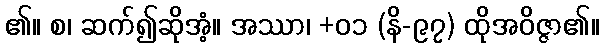
၏။ စ၊ ဆက်၍ဆိုအံ့။ အဿာ၊ +၀၁ (နိ-၉၇) ထိုအဝိဇ္ဇာ၏။